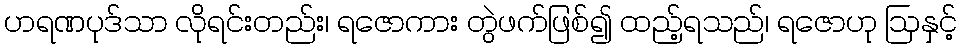
ဟရဏပုဒ်သာ လိုရင်းတည်း၊ ရဇောကား တွဲဖက်ဖြစ်၍ ထည့်ရသည်၊ ရဇောဟု ဩနှင့်